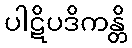
ပါဋိပဒိကန္တိ